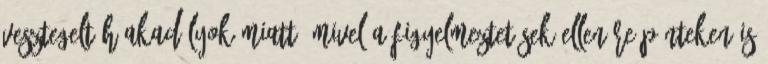
vesztegelt hóakadályok miatt, mivel a figyelmeztetések ellenére pénteken is